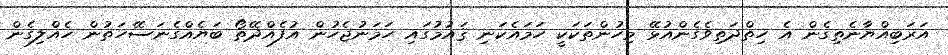
އަރަބިއްޔާނެތިގެން އެ ހިތްދަތިވެގެންއުޅޭ މިހުންތަކަކީ ހަމައެކަނި ޤައުމުގައި ހަމަނުޖެހުން އުފެއްދޭތޯ ބަޔެއްގެނަސޭހަތުން ހެއްލިގެން